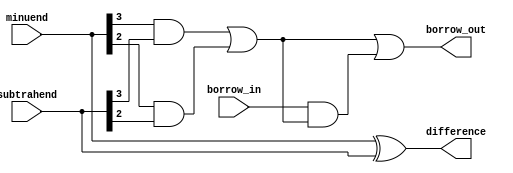
module CLA_Subtractor(
    input wire [3:0] minuend,
    input wire [3:0] subtrahend,
    input wire borrow_in,
    output wire [3:0] difference,
    output wire borrow_out
);

wire [3:0] diff_temp;
wire [3:0] borrow_temp;

assign diff_temp = minuend ^ subtrahend;
assign borrow_temp[0] = borrow_in;
assign {borrow_temp[1], borrow_temp[2], borrow_temp[3]} = {minuend[0] & subtrahend[0] | borrow_in & (minuend[0] ^ subtrahend[0]), 
                                                            minuend[1] & subtrahend[1] | (minuend[0] & subtrahend[0]) | borrow_in & ((minuend[0] & subtrahend[0]) | (minuend[1] & subtrahend[1])), 
                                                            minuend[2] & subtrahend[2] | (minuend[1] & subtrahend[1]) | borrow_in & ((minuend[1] & subtrahend[1]) | (minuend[2] & subtrahend[2])), 
                                                            minuend[3] & subtrahend[3] | (minuend[2] & subtrahend[2]) | borrow_in & ((minuend[2] & subtrahend[2]) | (minuend[3] & subtrahend[3]))};

assign difference = diff_temp;
assign borrow_out = borrow_temp[3];

endmodule